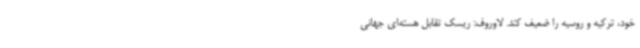
خود، ترکیه و روسیه را ضعیف کند. لاوروف: ریسک تقابل هسته‌ای جهانی